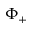
\Phi _ { + }